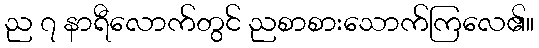
ည ၇ နာရီလောက်တွင် ညစာစားသောက်ကြလေ၏။